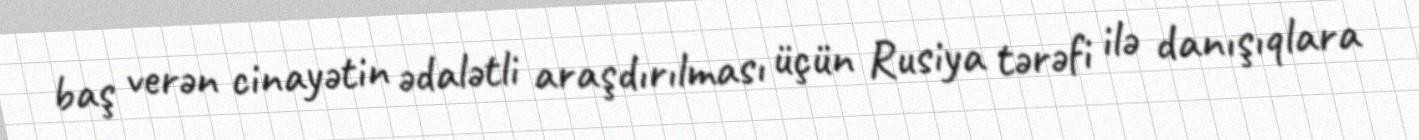
baş verən cinayətin ədalətli araşdırılması üçün Rusiya tərəfi ilə danışıqlara